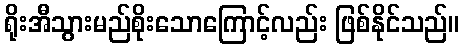
ရိုးအီသွားမည်စိုးသောကြောင့်လည်း ဖြစ်နိုင်သည်။